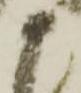
申